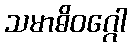
သမာဓိဝဂ္ဂေါ